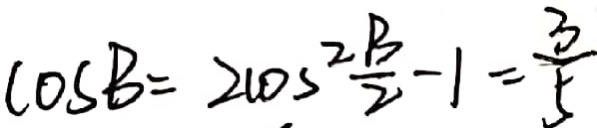
\cos B = 2 \cos ^ { 2 } \frac { B } { 2 } - 1 = \frac { 3 } { 5 }